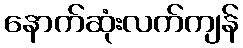
နောက်ဆုံးလက်ကျန်